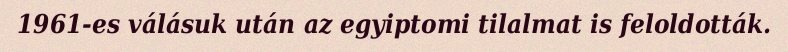
1961-es válásuk után az egyiptomi tilalmat is feloldották.